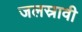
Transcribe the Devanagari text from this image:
जलस्रावी